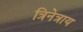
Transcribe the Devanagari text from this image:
त्रिनेत्राय